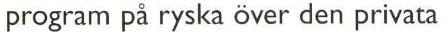
program på ryska över den privata